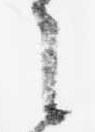
之